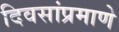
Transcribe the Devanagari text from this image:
दिवसांप्रमाणे